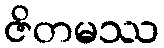
ဇိတမဿ